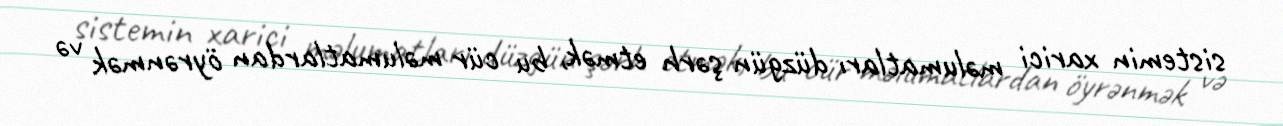
sistemin xarici məlumatları düzgün şərh etmək, bu cür məlumatlardan öyrənmək və